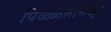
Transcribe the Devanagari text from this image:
पिळ्ळैत्तमिऴ्